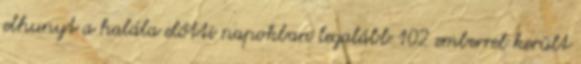
elhunyt a halála előtti napokban legalább 102 emberrel került